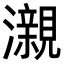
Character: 瀙